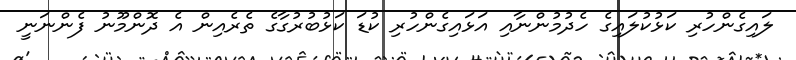
ލައިގެންހުރި ކަޅުކުލައިގެ ހެދުމުންނާއި އަޅައިގެންހުރި ކުޑަ ކަޅުބުރުގާގެ ތެރެއިން އެ ދޮންމޫނު ފެންނަނީ